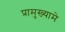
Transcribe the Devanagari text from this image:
प्रामुख्यामे